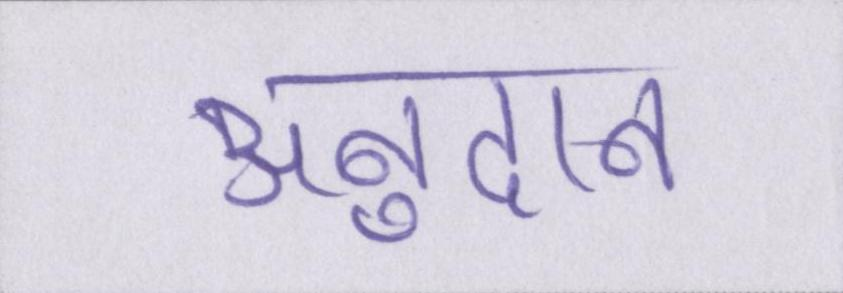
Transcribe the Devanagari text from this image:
अनुदान